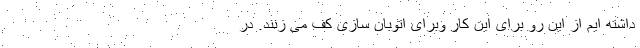
داشته ایم از این رو برای این کار وبرای اتوبان سازی کف می زنند. در